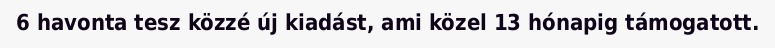
6 havonta tesz közzé új kiadást, ami közel 13 hónapig támogatott.